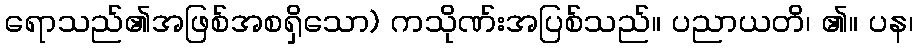
ရောသည်၏အဖြစ်အစရှိသော) ကသိုဏ်းအပြစ်သည်။ ပညာယတိ၊ ၏။ ပန၊